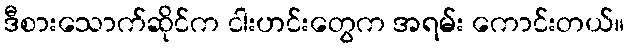
ဒီစားသောက်ဆိုင်က ငါးဟင်းတွေက အရမ်း ကောင်းတယ်။